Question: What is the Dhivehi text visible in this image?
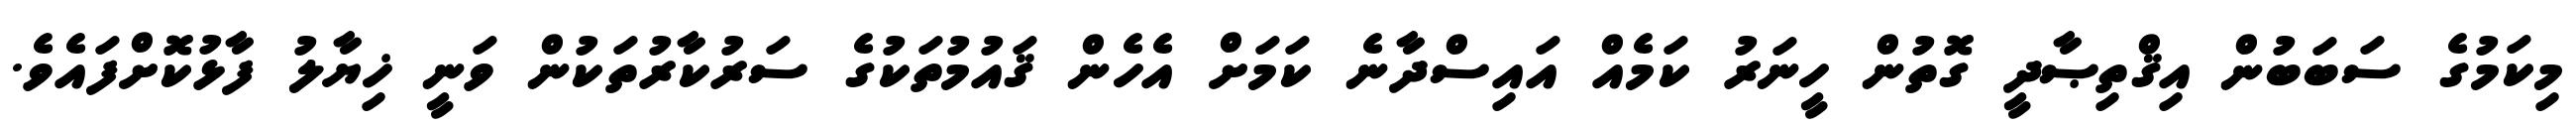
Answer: މިކަމުގެ ސަބަބުން އިޤްތިޞާދީ ގޮތުން ހީނަރު ކަމެއް އައިސްދާނެ ކަމަށް އެހެން ޤައުމުތަކުގެ ސަރުކާރުތަކުން ވަނީ ޚިޔާލު ފާޅުކޮށްފައެވެ.